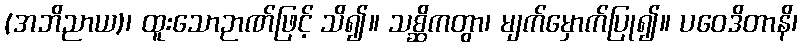
(အဘိညာယ)၊ ထူးသောဉာဏ်ဖြင့် သိ၍။ သစ္ဆိကတွာ၊ မျက်မှောက်ပြု၍။ ပဝေဒိတာနိ၊